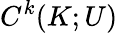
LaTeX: C^{k}(K;U)